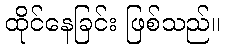
ထိုင်နေခြင်း ဖြစ်သည်။